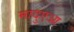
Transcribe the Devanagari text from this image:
मादुएआ